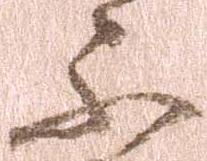
不